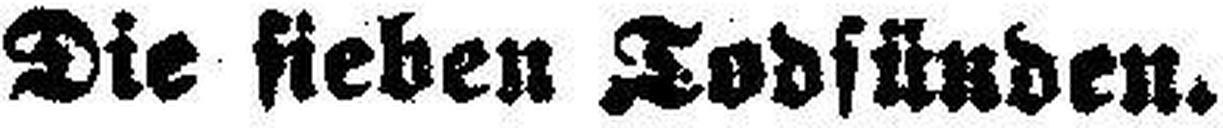
Die sieben Todsünden.